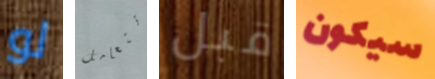
لو تتعامل قبل سيكون